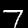
Digit: 7